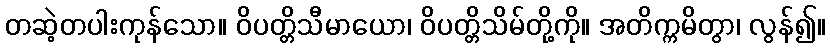
တဆဲ့တပါးကုန်သော။ ဝိပတ္တိသီမာယော၊ ဝိပတ္တိသိမ်တို့ကို။ အတိက္ကမိတွာ၊ လွန်၍။